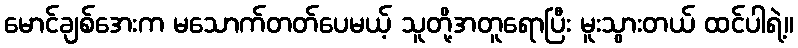
မောင်ချစ်အေးက မသောက်တတ်ပေမယ့် သူတို့အတူရောပြီး မူးသွားတယ် ထင်ပါရဲ့။